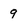
Character: 9